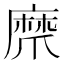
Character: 𤔨